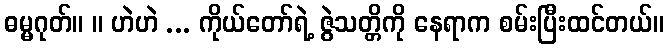
ဓမ္မဂုတ်။ ။ ဟဲဟဲ ... ကိုယ်တော်ရဲ့ ဇွဲသတ္တိကို နေရာက စမ်းပြီးထင်တယ်။